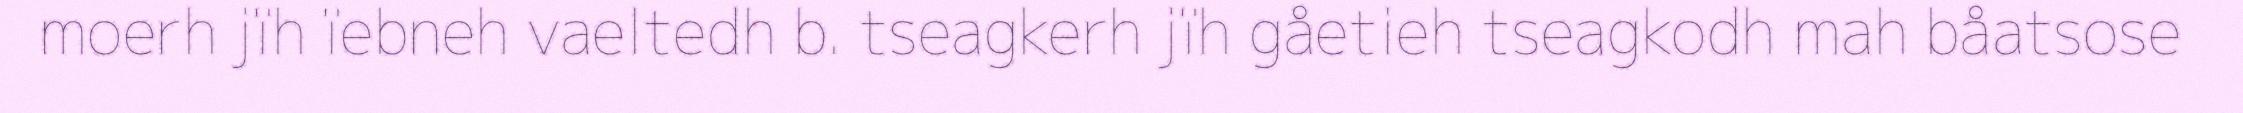
moerh jïh ïebneh vaeltedh b. tseagkerh jïh gåetieh tseagkodh mah båatsose